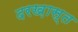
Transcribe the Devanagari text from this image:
दरख़ास्त